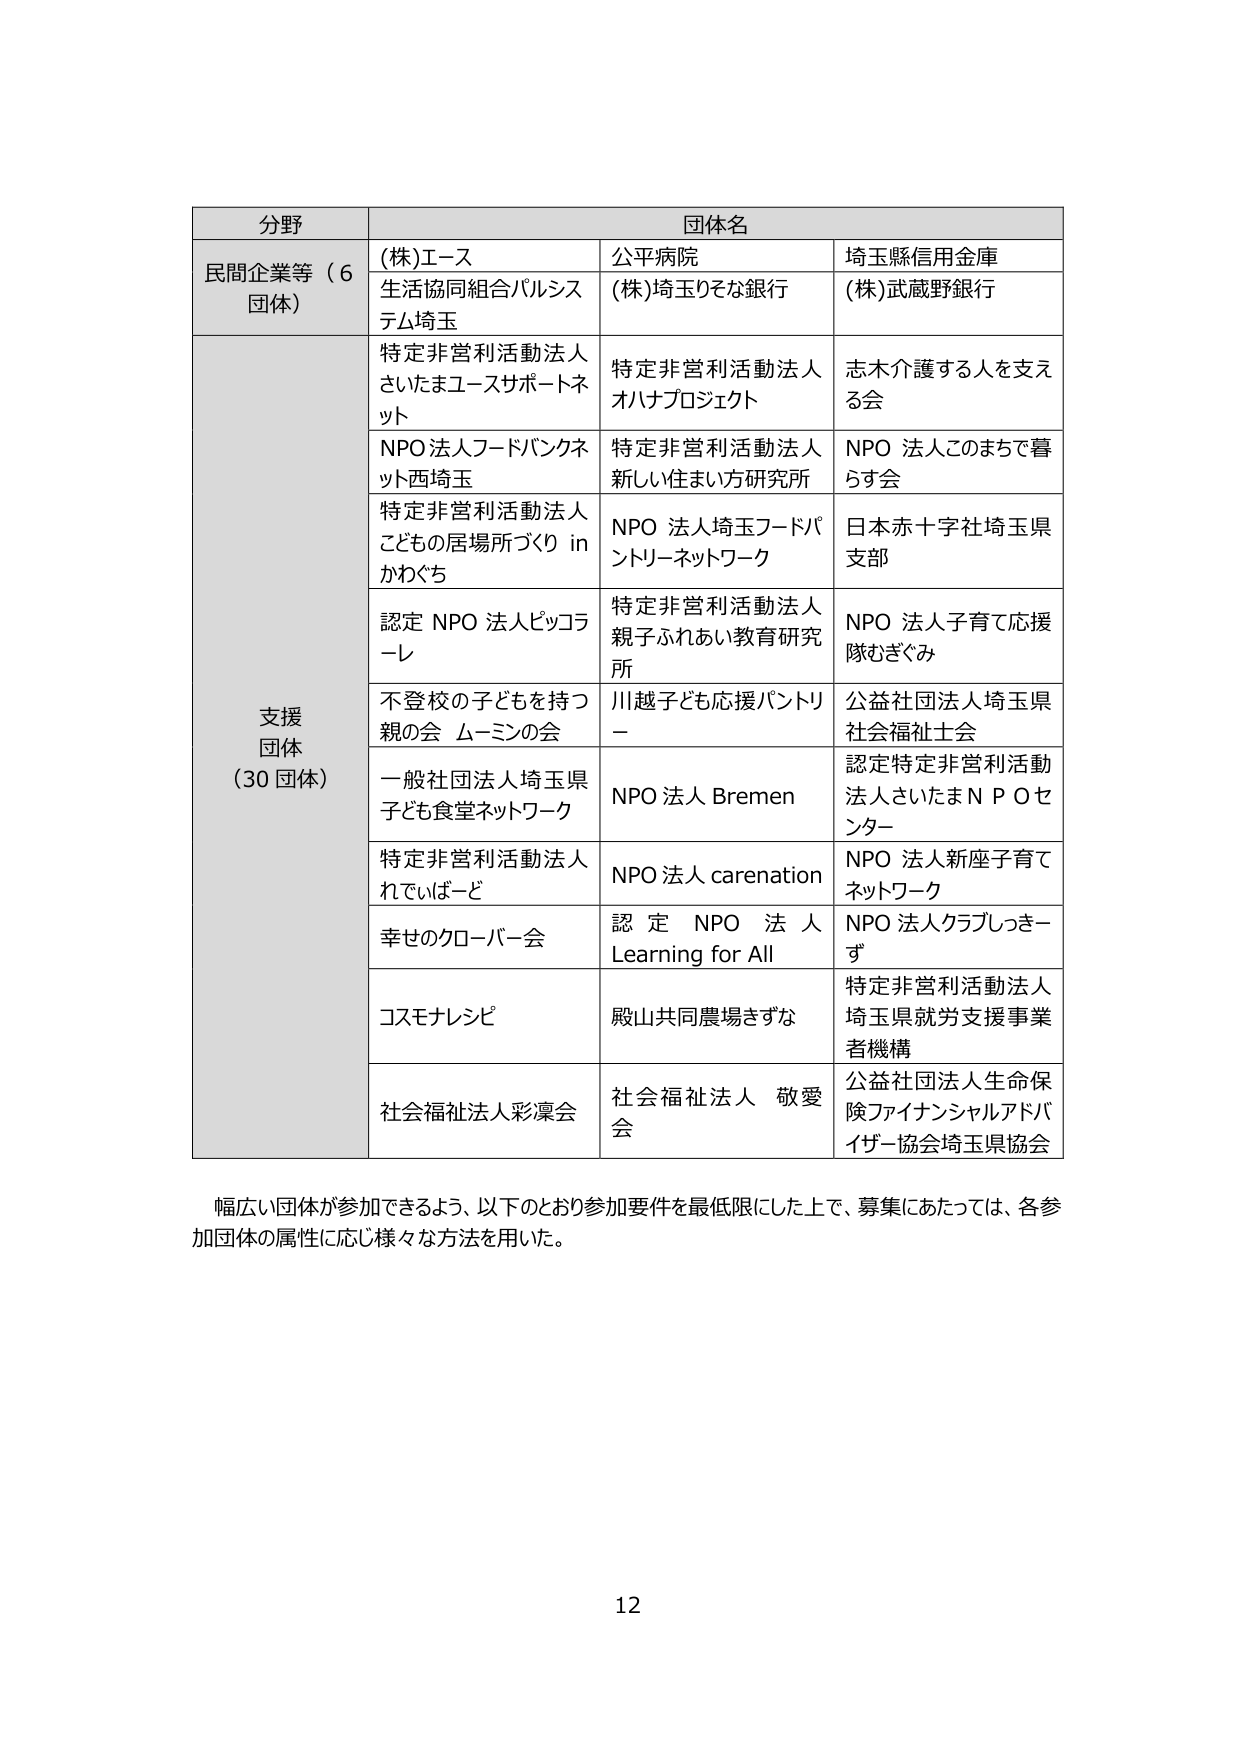
分野	団体名
民間企業等（6団体）	(株)エース	公平病院	埼玉県信用金庫
	生活協同組合パルシステム埼玉	(株)埼玉りそな銀行	(株)武蔵野銀行
支援団体（30団体）	特定非営利活動法人さいたまユースサポートネット	特定非営利活動法人オハナプロジェクト	志木介護する人を支える会
	NPO法人フードバンクネット西埼玉	特定非営利活動法人新しい住まい方研究所	NPO 法人このまちで暮らす会
	特定非営利活動法人こどもの居場所づくり in かわぐち	NPO 法人埼玉フードパントリーネットワーク	日本赤十字社埼玉県支部
	認定 NPO 法人ピッコラーレ	特定非営利活動法人親子ふれあい教育研究所	NPO 法人子育て応援隊むぎぐみ
	不登校の子どもを持つ親の会 ムーミンの会	川越子ども応援パントリー	公益社団法人埼玉県社会福祉士会
	一般社団法人埼玉県子ども食堂ネットワーク	NPO 法人 Bremen	認定特定非営利活動法人さいたまＮＰＯセンター
	特定非営利活動法人れでぃばーど	NPO 法人 carenation	NPO 法人新座子育てネットワーク
	幸せのクローバー会	認定 NPO 法人 Learning for All	NPO 法人クラブしっさず
	コスモナレシピ	殿山共同農場きずな	特定非営利活動法人埼玉県就労支援事業者機構
	社会福祉法人彩凜会	社会福祉法人 敬愛会	公益社団法人生命保険ファイナンシャルアドバイザー協会埼玉県協会
幅広い団体が参加できるよう、以下のとおり参加要件を最低限にした上で、募集にあたっては、各参加団体の属性に応じ様々な方法を用いた。
12